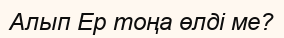
Алып Ер тоңа өлді ме?